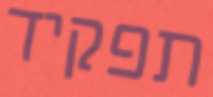
תפקיד